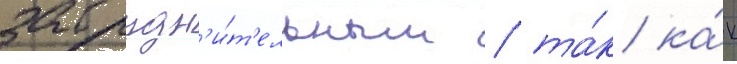
затрудн'и́т'ельным / та́к ка́к